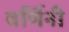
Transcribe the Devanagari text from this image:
वर्णिनी